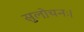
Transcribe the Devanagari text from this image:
सुलोचनः।